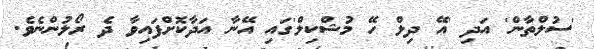
'ސުލްތާން' އަދި 'އޭ ދިލް ހޭ މުޝްކިލް'ގައި އޭނާ އަދާކޮށްފައިވާ ދެ ރޯލުންނެވެ.